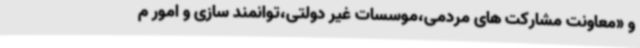
و «معاونت مشارکت های مردمی،موسسات غیر دولتی،توانمند سازی و امور م